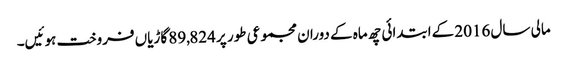
مالی سال 2016 کےابتدائی چھ ماہ کے دوران مجموعی طور پر 89,824 گاڑیاں فروخت ہوئیں۔